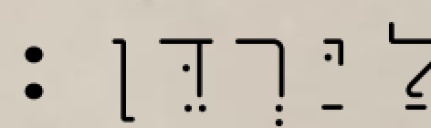
לַיַּרְדֵּן׃